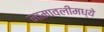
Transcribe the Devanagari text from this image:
नामावलीमध्ये